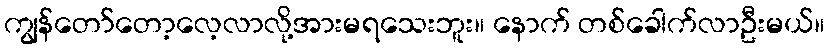
ကျွန်တော်တော့လေ့လာလို့အားမရသေးဘူး။ နောက် တစ်ခေါက်လာဦးမယ်။